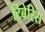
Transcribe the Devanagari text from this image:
टिबेरिस